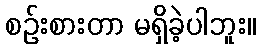
စဉ်းစားတာ မရှိခဲ့ပါဘူး။